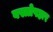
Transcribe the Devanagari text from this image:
वस्त्रोपहार